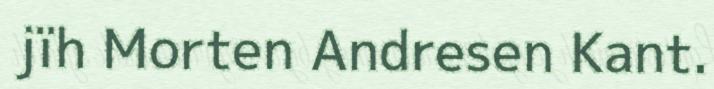
jïh Morten Andresen Kant.